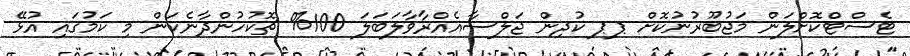
ޓެސްޓްކޮށްލަން މަޖުބޫރުނުކޮށް ޕޕ ކުދިން ޖަލްސާއެއްރާވާލަބަލަ 100% ޗޮކުހުންދާނެކަން މި ކަމުގައި އުޅޭ